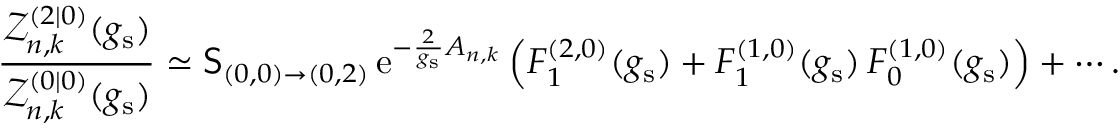
\frac { \mathcal { Z } _ { n , k } ^ { ( 2 | 0 ) } ( g _ { \mathrm { s } } ) } { \mathcal { Z } _ { n , k } ^ { ( 0 | 0 ) } ( g _ { \mathrm { s } } ) } \simeq \mathsf { S } _ { ( 0 , 0 ) \rightarrow ( 0 , 2 ) } \, { \mathrm { e } } ^ { - \frac { 2 } { g _ { \mathrm { s } } } A _ { n , k } } \left( F _ { 1 } ^ { ( 2 , 0 ) } ( g _ { \mathrm { s } } ) + F _ { 1 } ^ { ( 1 , 0 ) } ( g _ { \mathrm { s } } ) \, F _ { 0 } ^ { ( 1 , 0 ) } ( g _ { \mathrm { s } } ) \right) + \cdots .